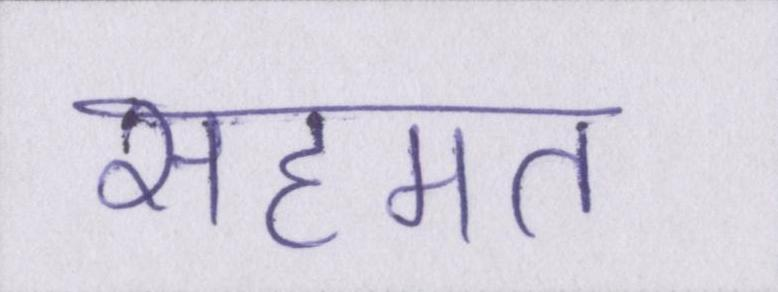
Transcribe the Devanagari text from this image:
सहमत